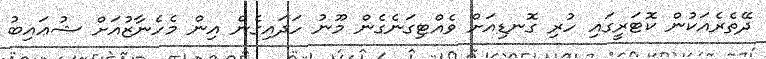
ދޭތެރެއަކުން ކޮޓަރީގައި ހުރި ގޮނޑިއަށް ވެއްޓިގަނެގެން މޫނު ހަދައިގެން އިން މެހެނާޒުއަށް ޝުޢައިބު